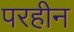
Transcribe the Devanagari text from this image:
परहीन